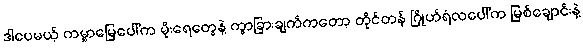
ဒါပေမယ့် ကမ္ဘာမြေပေါ်က မိုးရေတွေနဲ့ ကွာခြားချက်ကတော့ တိုင်တန် ဂြိုဟ်ရံလပေါ်က မြစ်ချောင်းနဲ့